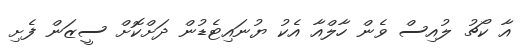
އާ ކޯޗު ލުއިސް ވެން ހާލްއާ އެކު ޔުނައިޓެޑުން ދަށްކޮށް ސީޒަން ފެށި